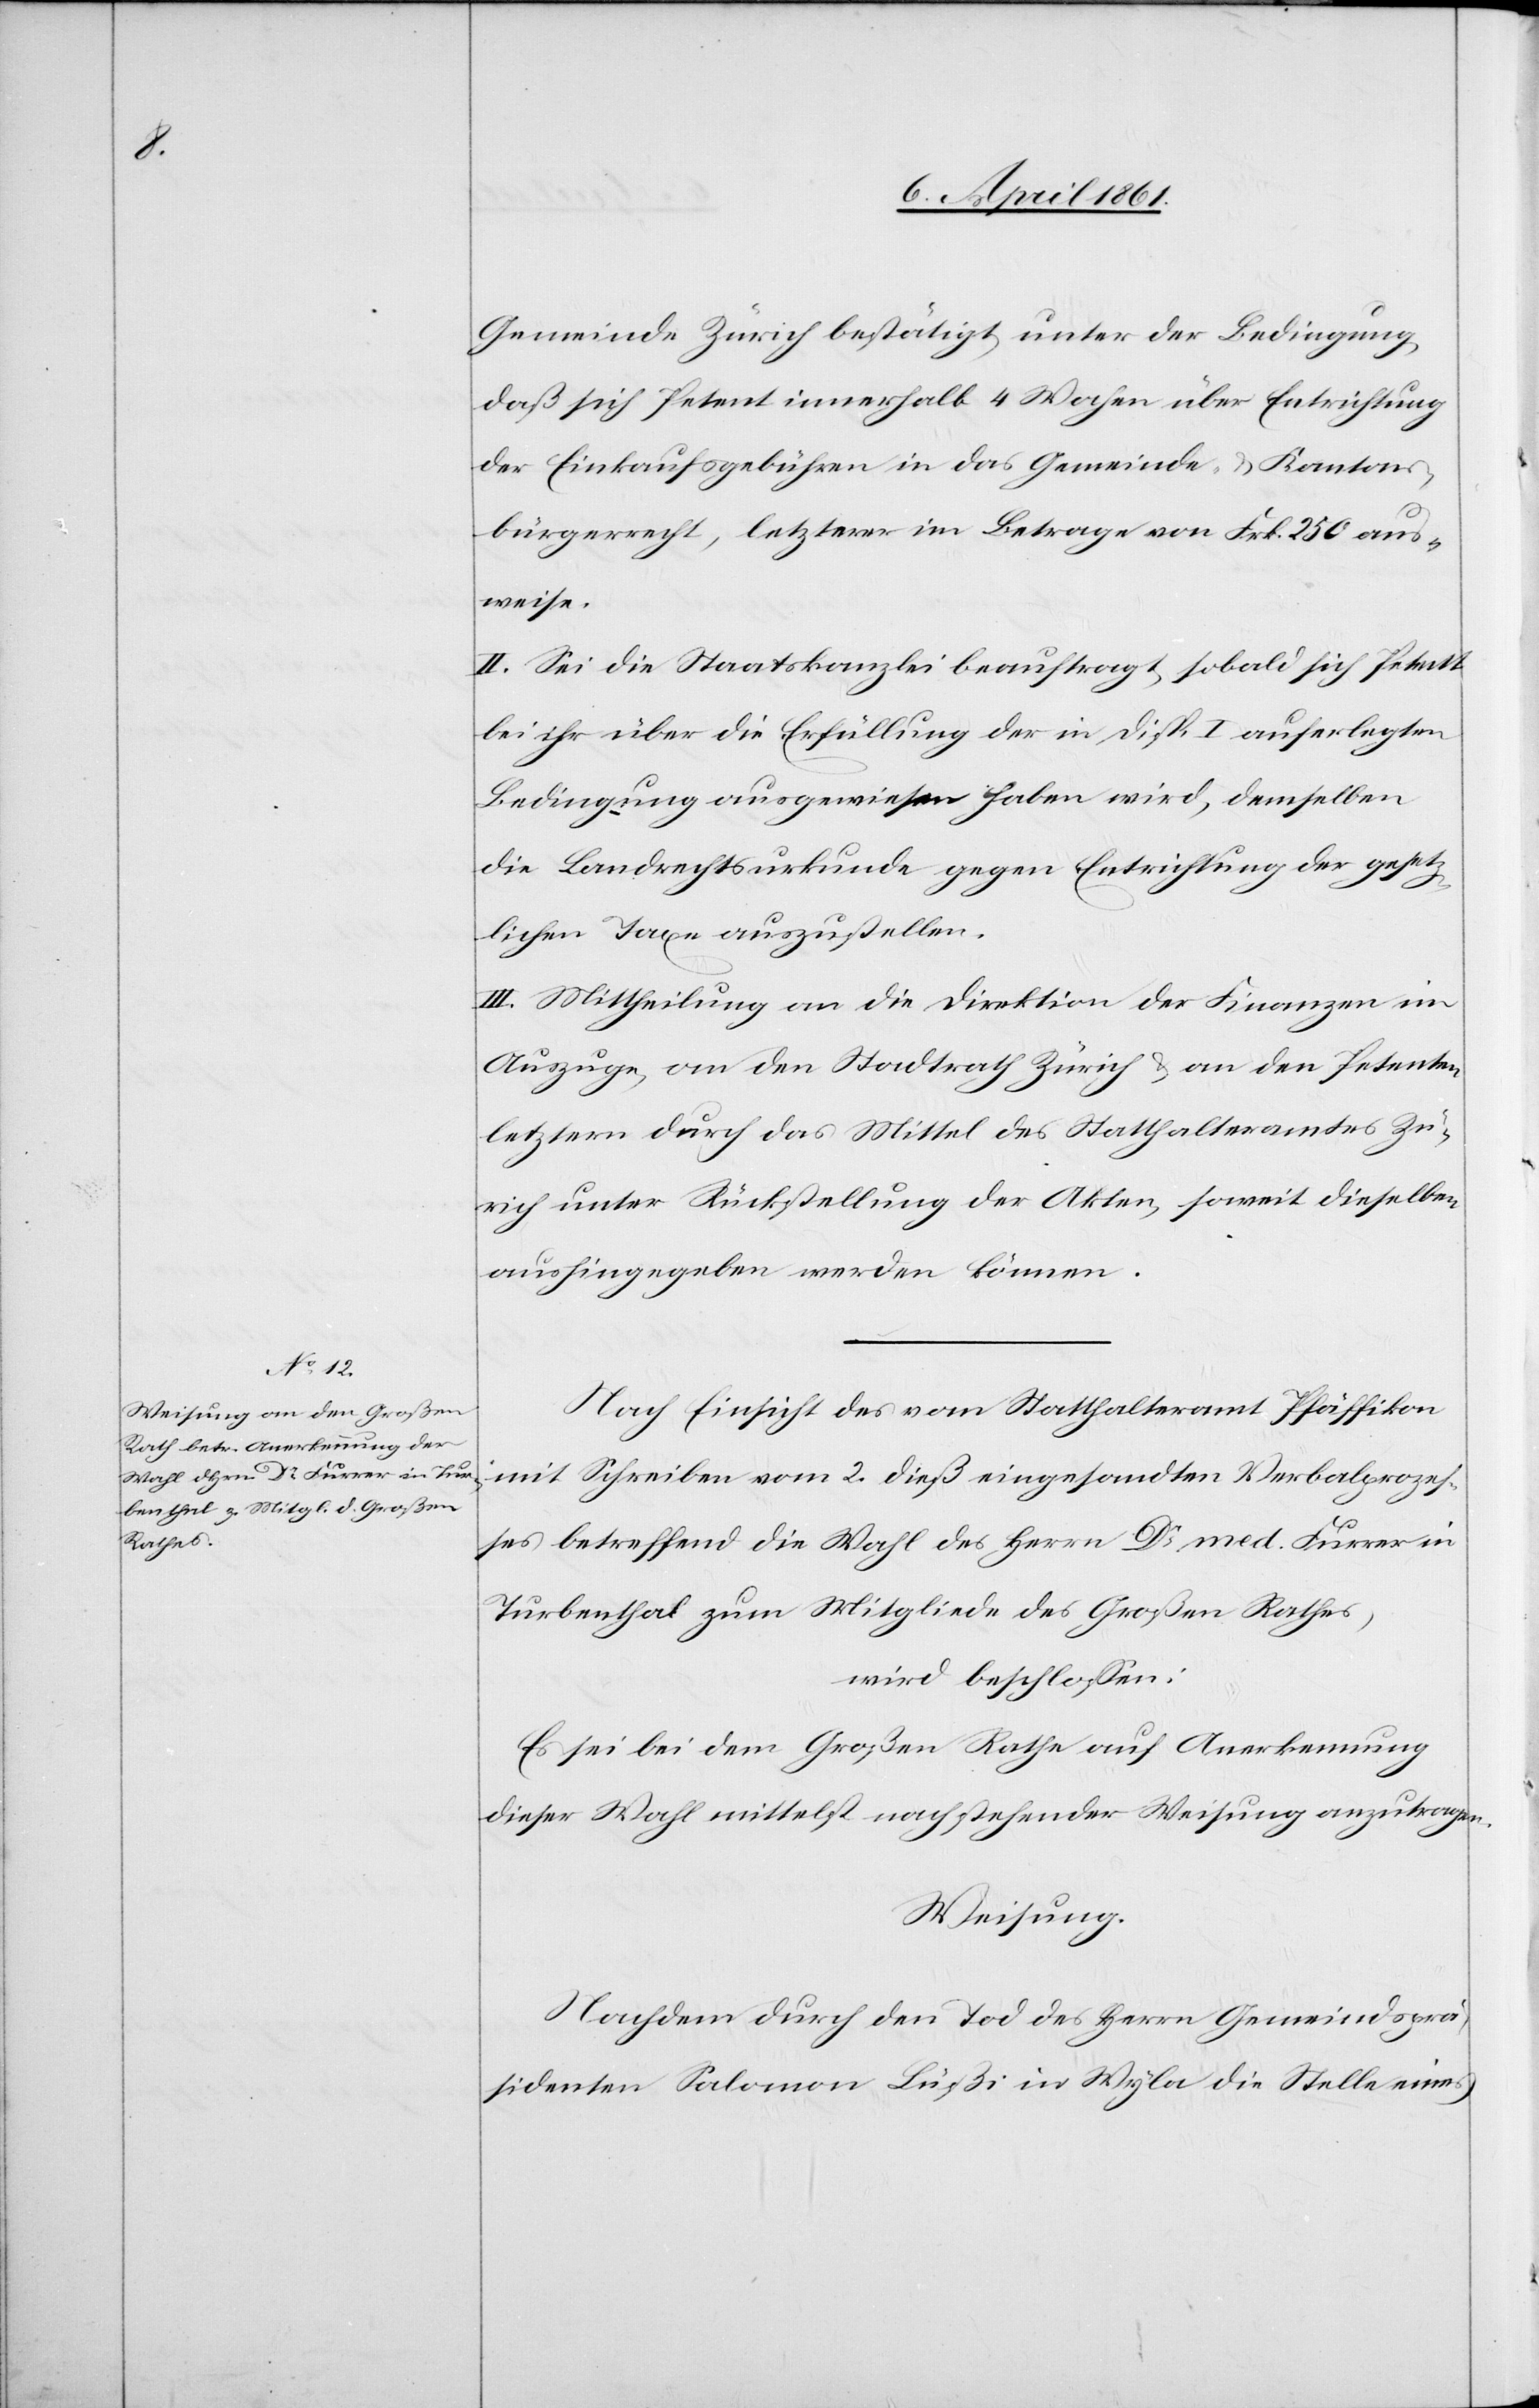
Gemeinde Zürich bestätigt, unter der Bedingung,
daß sich Petent innerhalb 4 Wochen über Entrichtung
der Einkaufsgebühren in das Gemeinde- u. Kantons¬
bürgerrecht, letztere im Betrage von Frk. 250 aus¬
weise.
II. Sei die Staatskanzlei beauftragt, sobald sich Petent
bei ihr über die Erfüllung der in Disp. I auferlegten
Bedingung ausgewiesen haben wird, demselben
die Landrechtsurkunde gegen Entrichtung der gesetz¬
lichen Taxe auszustellen.
III. Mittheilung an die Direktion der Finanzen im
Auszuge, an den Stadtrath Zürich u. an den Petenten,
letztern durch das Mittel des Statthalteramtes Zü¬
rich unter Rückstellung der Akten, soweit dieselben
aushingegeben werden können.
Nach Einsicht des vom Statthalteramt Pfäffikon
mit Schreiben vom 2. dieß eingesandten Verbalprozes¬
ses betreffend die Wahl des Herrn Dr. med. Furrer in
Turbenthal zum Mitgliede des Großen Rathes,
wird beschloßen:
Es sei bei dem Großen Rathe auf Anerkennung
dieser Wahl mittelst nachstehender Weisung anzutragen.
Weisung.
Nachdem durch den Tod des Herrn Gemeindsprä¬
sidenten Salomon Lußi in Wyla die Stelle eines